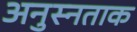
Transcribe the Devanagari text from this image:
अनुस्नताक